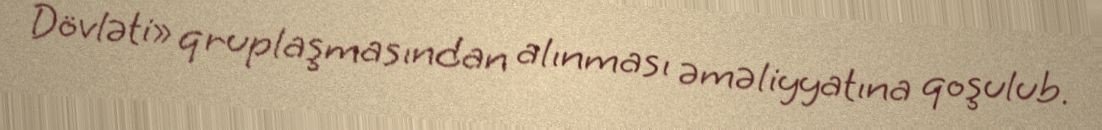
Dövləti» qruplaşmasından alınması əməliyyatına qoşulub.